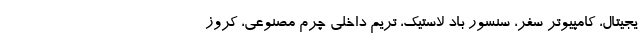
یجیتال، کامپیوتر سفر، سنسور باد لاستیک، تریم داخلی چرم مصنوعی، کروز